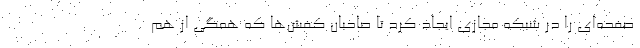
صفحه‌ای را در شبکه مجازی ایجاد کرد تا صاحبان کفش‌ها که همگی از هم